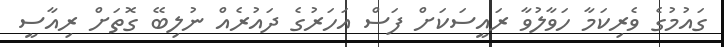
ގައުމުގެ ވެރިކަމާ ހަވާލުވާ ރައީސަކަށް ފަސް އަހަރުގެ ދައުރެއް ނުލިބޭ ގޮތަށް ރިއާސީ